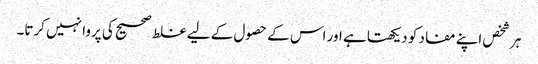
ہر شخص اپنے مفاد کو دیکھتا ہے اور اس کے حصول کے لیے غلط صحیح کی پروا نہیں کرتا۔